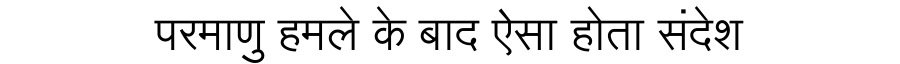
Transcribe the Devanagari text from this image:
परमाणु हमले के बाद ऐसा होता संदेश